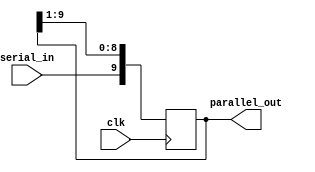
//Segmento de conversin de entrada en serie a salida en paralelo
//del bloque de receptor de la parte fsica de la PCIExpress.

module sipo (/*reinicio,*/ clk, serial_in, parallel_out);

//reinicio:reinicia el segmento(limpia); clk:reloj; serial_in:entrada en serie 
input /*reinicio,*/ clk, serial_in;
output [9:0] parallel_out; //salida en paralelo

reg [9:0] parallel_out;

/*always @ (reinicio)
begin
   if (reinicio == 0)
      shift_reg <= 8'b0000_0000;
end*/

always @ (posedge clk) //conversin serie-paralelo
begin
   parallel_out [9] <= serial_in;
   parallel_out [8] <= parallel_out [9];
   parallel_out [7] <= parallel_out [8];
   parallel_out [6] <= parallel_out [7];
   parallel_out [5] <= parallel_out [6];
   parallel_out [4] <= parallel_out [5];
   parallel_out [3] <= parallel_out [4];
   parallel_out [2] <= parallel_out [3];
   parallel_out [1] <= parallel_out [2];
   parallel_out [0] <= parallel_out [1];
end
endmodule

//presenta muchas salidas indefinidas durante varios
//ciclos iniciales